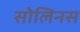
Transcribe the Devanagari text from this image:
सोलिनस